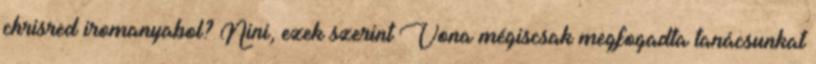
chrisred iromanyabol? Nini, ezek szerint Vona mégiscsak megfogadta tanácsunkat